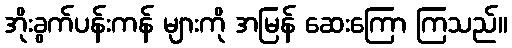
အိုးခွက်ပန်းကန် များကို အမြန် ဆေးကြော ကြသည်။